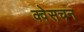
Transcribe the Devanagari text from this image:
क्वेसचन